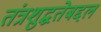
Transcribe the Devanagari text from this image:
तंत्रशुद्धतेबद्दल